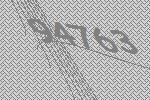
94763